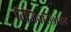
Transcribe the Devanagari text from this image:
विजिनटिलीयन